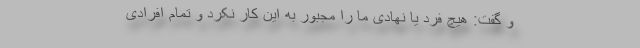
و گفت: هیچ فرد یا نهادی ما را مجبور به این کار نکرد و تمام افرادی